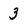
Character: 3